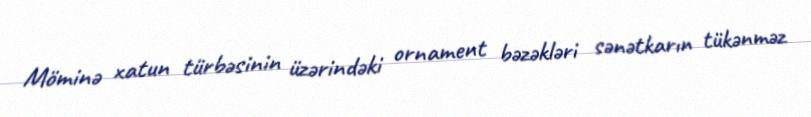
Möminə xatun türbəsinin üzərindəki ornament bəzəkləri sənətkarın tükənməz